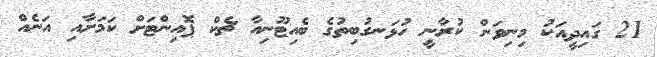
21 ގައިދީއަކު މިނިވަން ކުރާނީ ހުޅަނގުބިތުގެ ބެއިޓޫނިއާ ޗެކް ޕޮއިންޓަށް ކަމަށާއި އަނެއް